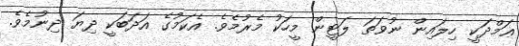
ޢަމްދަކީ ހިލައިން ނުވަތަ ލަޓީން މީހަކު މެރުމެވެ. އެކަމުގެ އަދަބަކީ ދިޔަ ދިނުމެވެ.